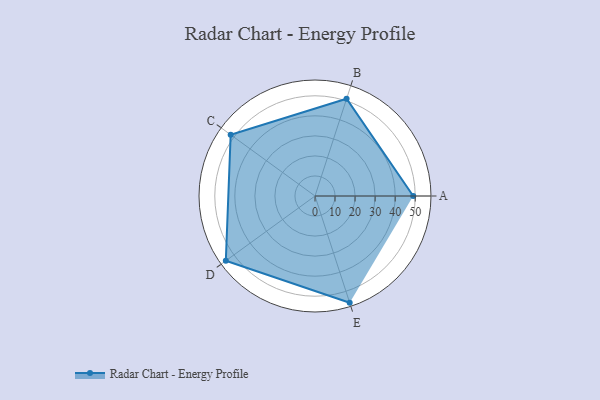
{"axis": {"x": "Skill", "y": "Score"}, "legend": ["Profile"], "data": [{"x": "A", "y": 49.0, "type": "Profile"}, {"x": "B", "y": 51.0, "type": "Profile"}, {"x": "C", "y": 52.0, "type": "Profile"}, {"x": "D", "y": 55.0, "type": "Profile"}, {"x": "E", "y": 56.0, "type": "Profile"}]}